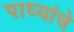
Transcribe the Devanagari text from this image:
पाध्यांचे